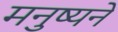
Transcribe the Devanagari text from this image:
मनुष्यने